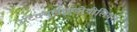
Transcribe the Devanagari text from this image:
रेटिक्युलोएंडोथीलियल